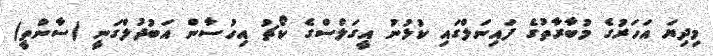
މިދިޔަ އަހަރުގެ މުބާރާތުގެ ފައިނަލްގައި ކުޅުނު އީގަލްސްގެ ކޯޗު އިހުސާން އަބުދުލްގަނީ (ސާންތީ)